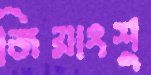
জিয়াংশু